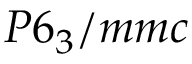
P 6 _ { 3 } / m m c